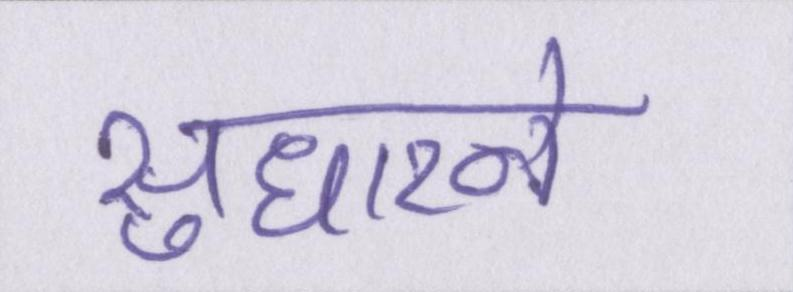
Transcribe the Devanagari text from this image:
सुधारने